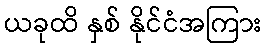
ယခုထိ နှစ် နိုင်ငံအကြား